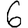
Digit: 6